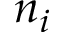
n _ { i }